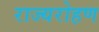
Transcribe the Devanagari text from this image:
राज्यरोहण